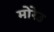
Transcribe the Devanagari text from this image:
मोरेउ